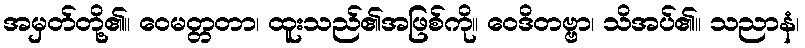
အမှတ်တို့၏။ ဝေမတ္တတာ၊ ထူးသည်၏အဖြစ်ကို။ ဝေဒိတဗ္ဗာ၊ သိအပ်၏။ သညာနံ၊